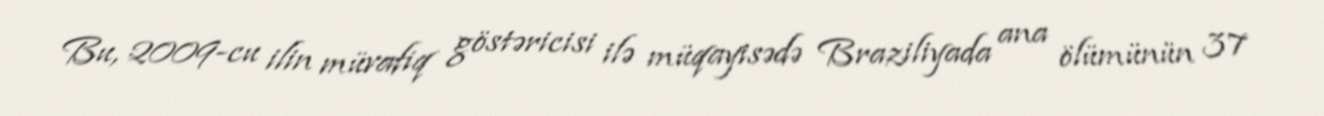
Bu, 2009-cu ilin müvafiq göstəricisi ilə müqayisədə Braziliyada ana ölümünün 37